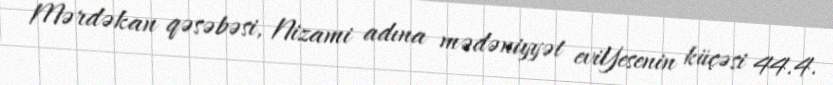
Mərdəkan qəsəbəsi, Nizami adına mədəniyyət eviYesenin küçəsi 44.4.